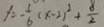
y = - \frac { 1 } { 6 } ( x - 2 ) ^ { 2 } + \frac { 8 } { 2 }